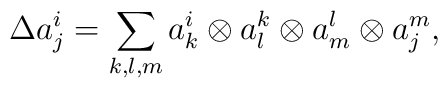
\Delta a_j^i=\sum_{k,l,m}a_k^i\otimes a_l^k\otimes a_m^l\otimes a_j^m,